Rangoon Lunatic Asylum 1878-1892 - 1878-1892
Year: 1878
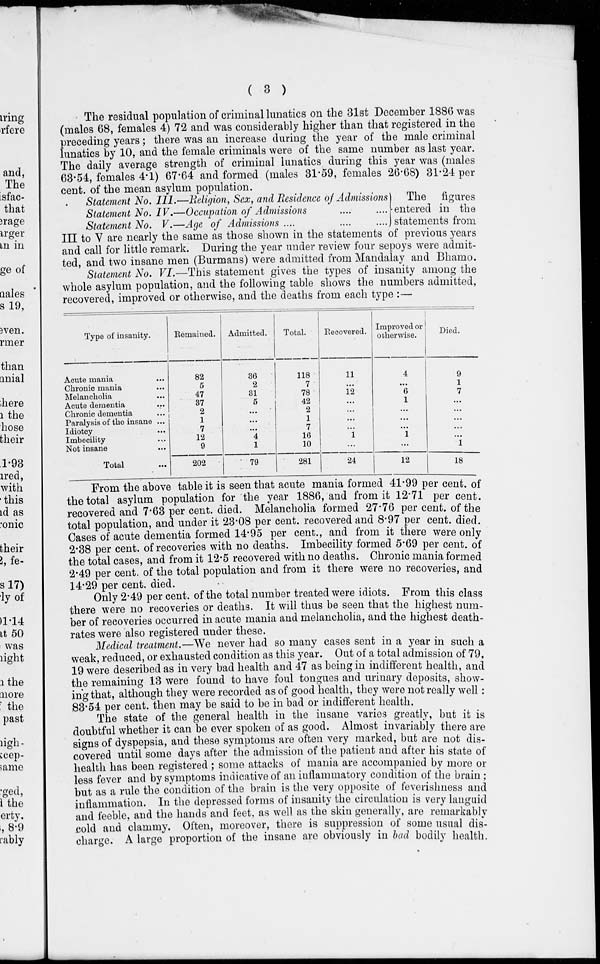
( 3 )
The residual population of criminal lunatics on the 31st December 1886 was
(males 68, females 4) 72 and was considerably higher than that registered in the
preceding years; there was an increase during the year of the male criminal
lunatics by 10, and the female criminals were of the same number as last year.
The daily average strength of criminal lunatics during this year was (males
63.54, females 4.1) 67.64 and formed (males 31.59, females 26.68) 31.24 per
cent. of the mean asylum population.
Statement No. III.—
Statement No. IV.—
Statement No. V.—
Religion, Sex, and Residence of Admissions
Occupation of Admissions .... ....
Age of Admissions ....
....
....
The
figures
entered in the
statements from
III to V are nearly the same as those shown in the statements of previous years
and call for little remark. During the year under review four sepoys were admit-
ted, and two insane men (Burmans) were admitted from Mandalay and Bhamo.
Statement No. VI.—This statement gives the types of insanity among the
whole asylum population, and the following table shows the numbers admitted,
recovered, improved or otherwise, and the deaths from each type :—
Type of insanity.
Acute mania ...
Chronic mania ...
Melancholia ...
Acute dementia ...
Chronic dementia ...
Paralysis of the insane ...
Idiotcy ...
Imbecility ...
Not insane ...
Total ...
Remained.
82
5
47
37
2
1
7
12
9
202
Admitted.
36
2
31
5
...
...
...
4
1
79
Total.
118
7
78
42
2
1
7
16
10
281
Recovered.
11
...
12
...
...
...
...
1
...
24
Improved or
otherwise.
4
...
6
1
...
...
...
1
...
12
Died.
9
1
7
...
...
...
...
...
1
18
From the above table it is seen that acute mania formed 41.99 per cent. of
the total asylum population for the year 1886, and from it 12.71 per cent.
recovered and 7.63 per cent. died. Melancholia formed 27.76 per cent. of the
total population, and under it 23.08 per cent. recovered and 8.97 per cent. died.
Cases of acute dementia formed 14.95 per cent., and from it there were only
2.38 per cent. of recoveries with no deaths. Imbecility formed 5.69 per cent. of
the total cases, and from it 12.5 recovered with no deaths. Chronic mania formed
2.49 per cent. of the total population and from it there were no recoveries, and
14.29 per cent. died.
Only 2.49 per cent. of the total number treated were idiots. From this class
there were no recoveries or deaths. It will thus be seen that the highest num-
ber of recoveries occurred in acute mania and melancholia, and the highest death-
rates were also registered under these.
Medical treatment.—We never had so many cases sent in a year in such a
weak, reduced, or exhausted condition as this year. Out of a total admission of 79,
19 were described as in very bad health and 47 as being in indifferent health, and
the remaining 13 were found to have foul tongues and urinary deposits, show-
ing that, although they were recorded as of good health, they were not really well
83.54 per cent. then may be said to be in bad or indifferent health.
The state of the general health in the insane varies greatly, but it is
doubtful whether it can be ever spoken of as good. Almost invariably there are
signs of dyspepsia, and these symptoms are often very marked, but are not dis-
covered until some days after the admission of the patient and after his state of
health has been registered ; some attacks of mania are accompanied by more or
less fever and by symptoms indicative of an inflammatory condition of the brain ;
but as a rule the condition of the brain is the very opposite of feverishness and
inflammation. In the depressed forms of insanity the circulation is very languid
and feeble, and the hands and feet, as well as the skin generally, are remarkably
cold and clammy. Often, moreover, there is suppression of some usual dis-
charge. A large proportion of the insane are obviously in bad bodily health.